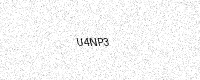
Text: U4NP3